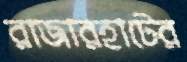
রাজারহাটের